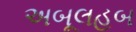
અબૂલહબ